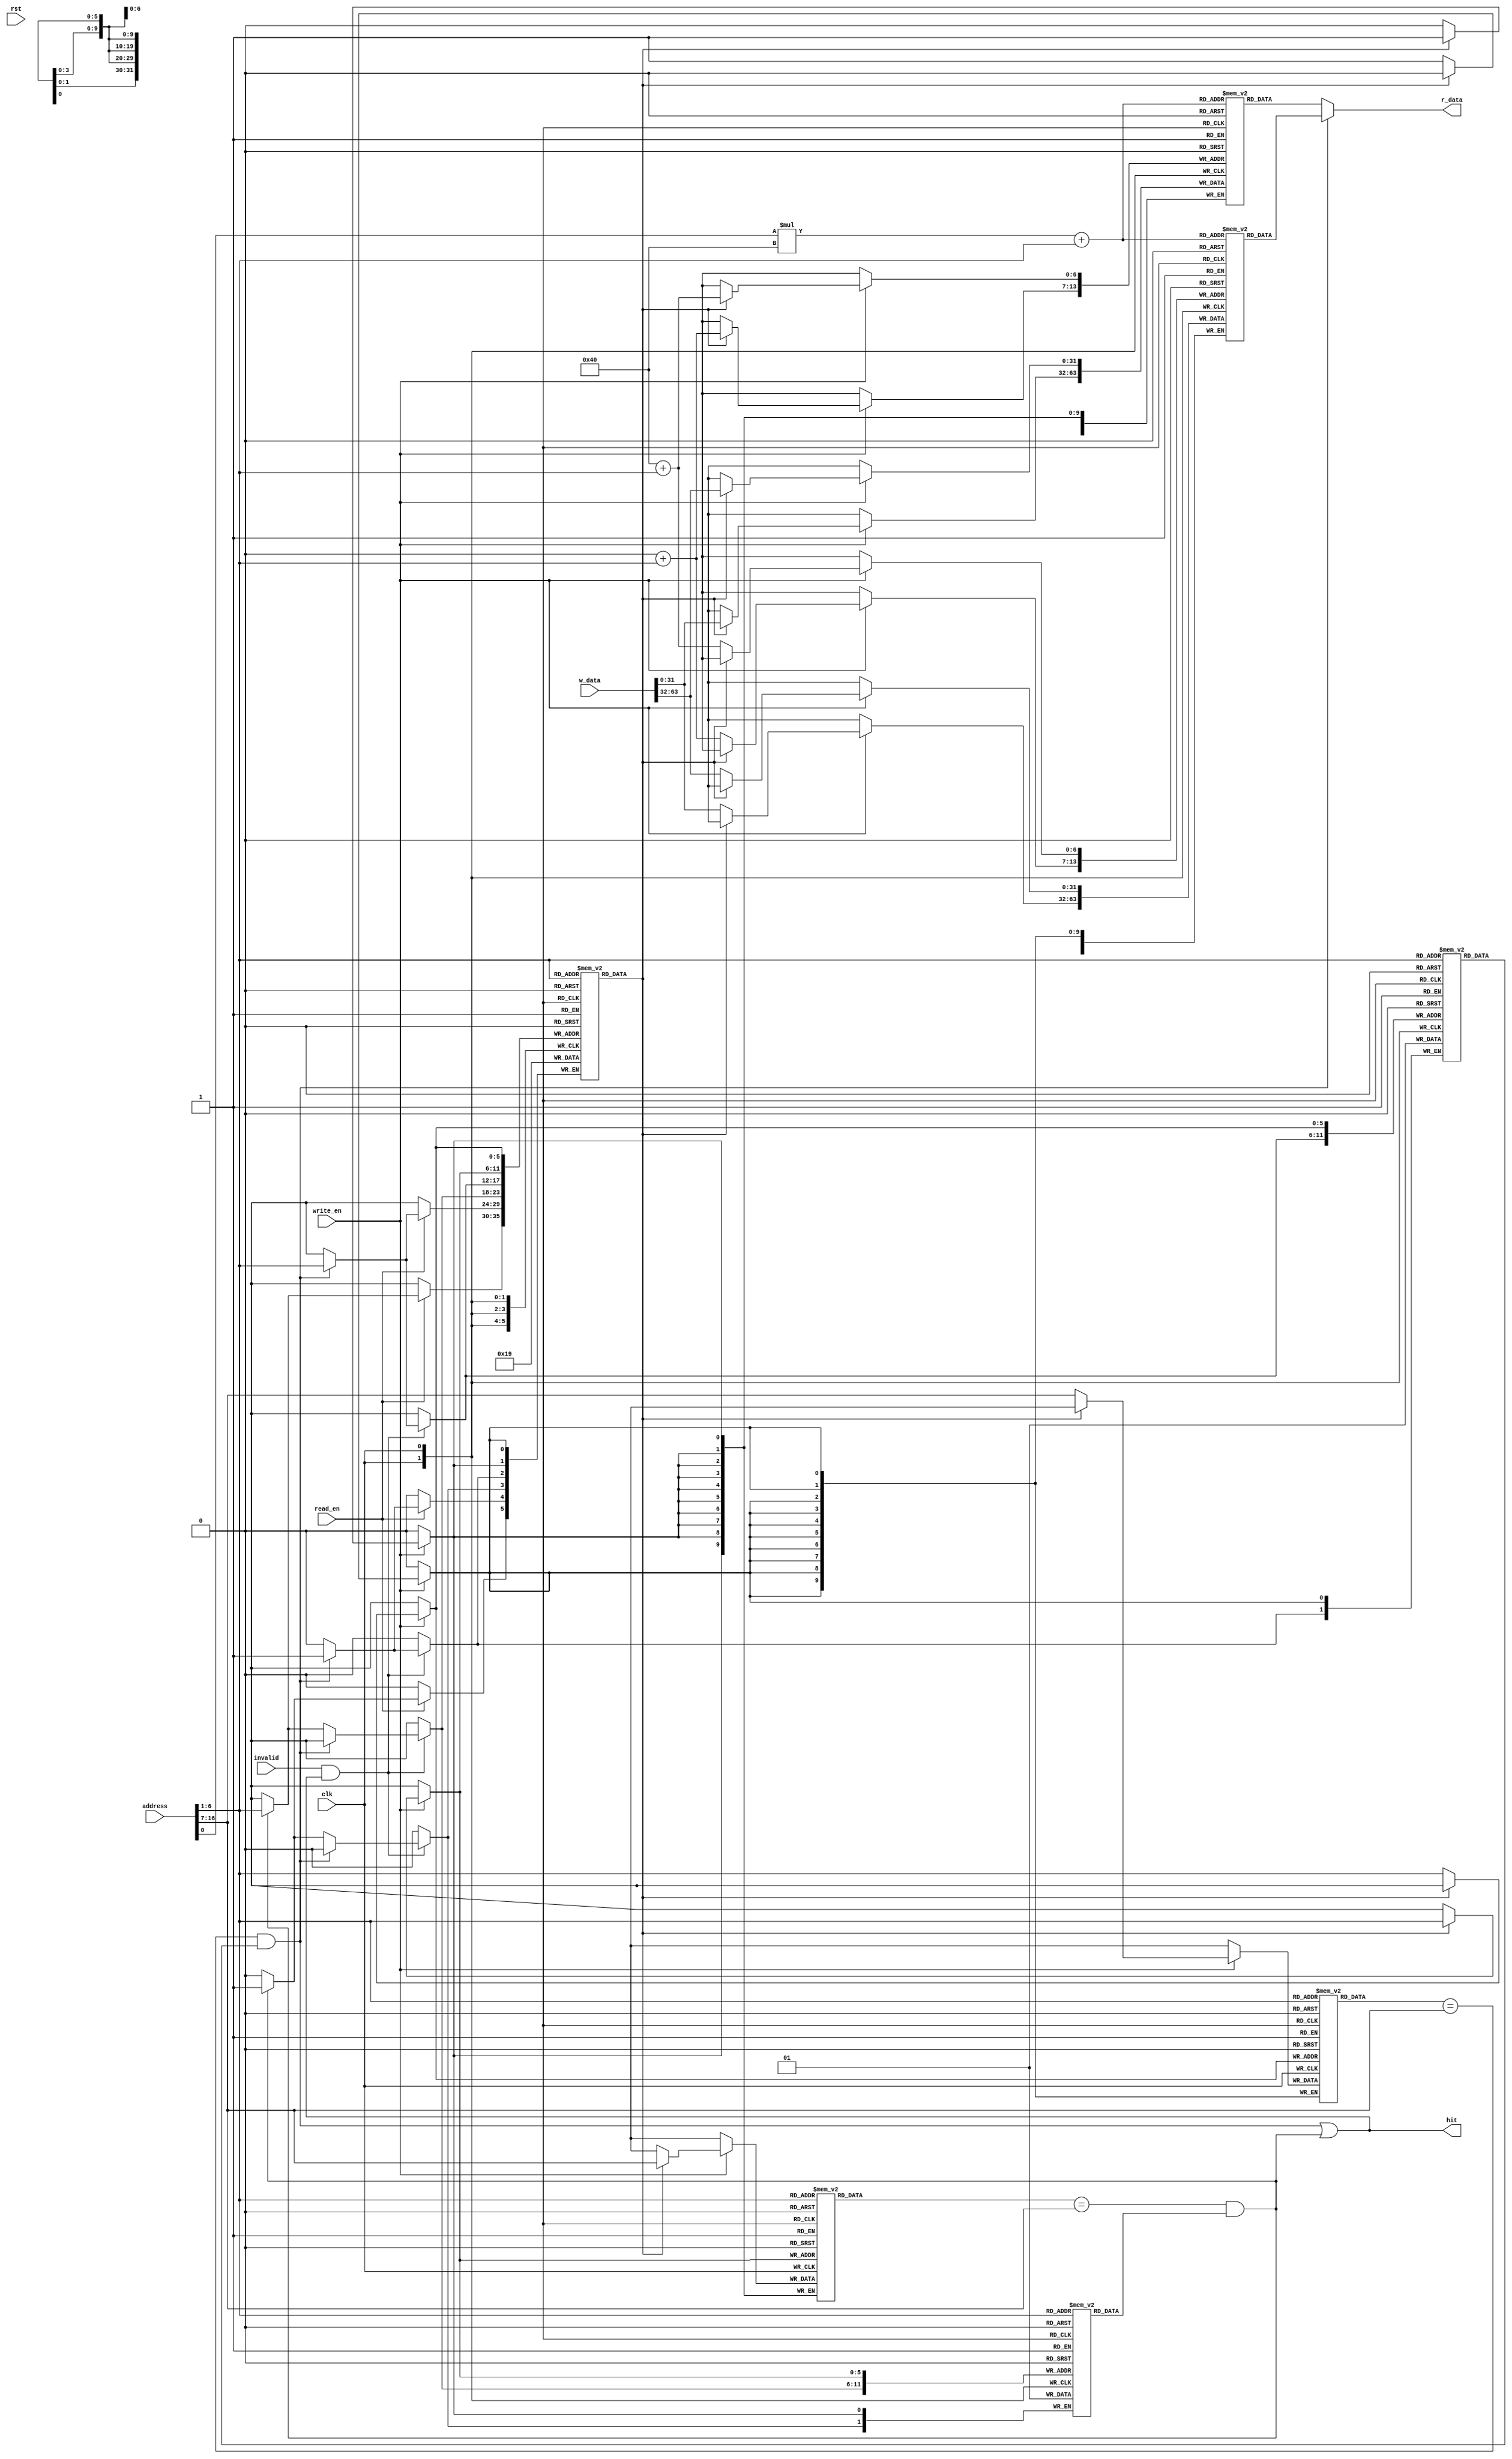
module Cache(input clk, rst, input [16:0] address, input [63:0] w_data, input read_en,
             input write_en, input invalid, output [31:0] r_data, output hit);

  wire [9:0] tag;
  wire offset, hit0, hit1;
  wire [5:0] index;
  assign tag = address[16:7];
  assign index = address[6:1];
  assign offset = address[0];
  reg [31:0] data0 [0:1][0:63];
  reg [31:0] data1 [0:1][0:63];
  reg [9:0] tag0 [0:63];
  reg [9:0] tag1 [0:63];
  reg valid0 [0:63];
  reg valid1 [0:63];
  reg used [0:63] ;
  integer i;
  initial begin
    for (i = 0; i <= 63; i = i + 1) begin
      valid0[i] = 1'b0;
      valid1[i] = 1'b0;
      tag0[i] = 10'b0;
      tag1[i] = 10'b0;
      used[i] = 1'b0;
    end
  end
 
  assign hit0 = (tag0[index] == tag) && valid0[index];
  assign hit1 = (tag1[index] == tag) && valid1[index];
  assign hit = hit0 || hit1;
  assign r_data = (hit0) ? data0[offset][index] : data1[offset][index];
  
  always @(posedge clk) begin
    if (read_en) begin
      if (hit0)
        used[index] <= 1'b1;
      if (hit1) 
        used[index] <= 1'b0;
    end
  end
  
  always @(posedge clk) begin
    if (invalid && hit) begin
      if (hit0 == 1'b1) begin
        valid0[index] <= 1'b0;
        used[index] <= 1'b0;
      end
      else if(hit1 == 1'b1) begin
        valid1[index] <= 1'b0;
        used[index] <= 1'b1;
      end
    end
  end

  always @(posedge clk) begin
    if (write_en) begin
      if (used[index] == 1'b0) begin
        data0[1][index] <= w_data[63:32];
        data0[0][index] <= w_data[31:0];
        tag0[index] <= tag;
        valid0[index] <= 1'b1;
        used[index] <= 1'b1;
      end
      else if (used[index] == 1'b1) begin
        data1[1][index] <= w_data[63:32];
        data1[0][index] <= w_data[31:0];
        tag1[index] <= tag;
        valid1[index] <= 1'b1;
        used[index] <= 1'b0;
      end
    end
  end
  
  
  
endmodule